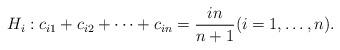
LaTeX: \begin{align*}H_i: c_{i1}+c_{i2}+\dots +c_{in} = \frac{in}{n+1}(i=1,\dots, n).\end{align*}